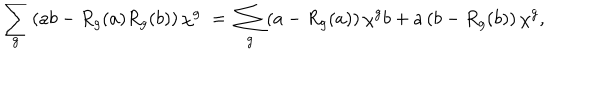
LaTeX: \sum _ { g } \left( a b - R _ { g } ( a ) R _ { g } ( b ) \right) \chi ^ { g } \; = \; \sum _ { g } \left( a - R _ { g } ( a ) \right) \chi ^ { g } b + a \left( b - R _ { g } ( b ) \right) \chi ^ { g } ,